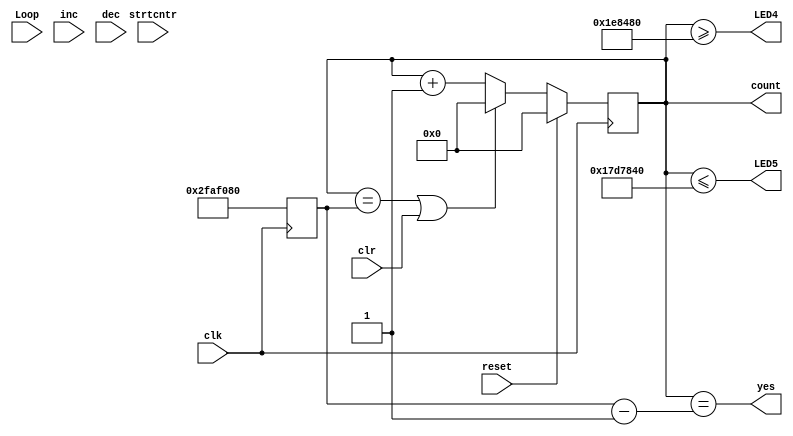
module Timer(count,yes,LED4,LED5,clr,strtcntr,Loop,inc,dec,clk,reset);
    input   clr,strtcntr,Loop,inc,dec,clk,reset;
    output [64:0] count;
    output yes, LED4,LED5;
    
    reg [64:0] count,ncount;
    reg speed;
    //reg maxcount;
    reg [64:0] maxcount,nmaxcount;
    parameter realmaxcount = 50000000;
    always@(posedge clk)
        if(reset) begin
            count <= 0;
            maxcount <= realmaxcount;
        end
        else   begin
            count <= ncount;
            maxcount <= nmaxcount;
        end
    always@(count,ncount,clr,strtcntr,Loop,yes)
        if(count==maxcount || clr) begin
            ncount = 0;
            nmaxcount = realmaxcount;
        end
        else begin
            ncount = count + 1;
            nmaxcount = realmaxcount;
        end
//    always@(maxcount,inc,dec)
//        if(inc&&(maxcount<50000000)) // 0.5 second interval is slowest
//            nmaxcount = maxcount + 5000000;
//        else if(dec&&(maxcount>5000000))
//            nmaxcount = maxcount - 5000000; // 0.05 second interval is min
//        else
//            nmaxcount = maxcount;
        
    assign yes = (count == maxcount-1);      
    assign LED4 = count >= 2000000;
    assign LED5 = count <= 25000000;           
    endmodule